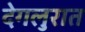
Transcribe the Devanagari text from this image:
देगलुरात